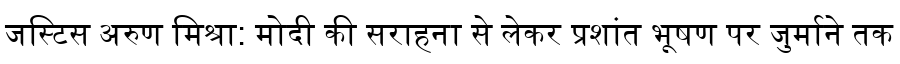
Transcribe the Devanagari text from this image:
जस्टिस अरुण मिश्रा: मोदी की सराहना से लेकर प्रशांत भूषण पर जुर्माने तक